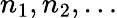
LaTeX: n_{1},n_{2},\ldots